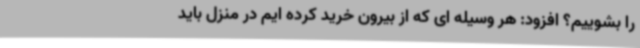
را بشوییم؟ افزود: هر وسیله ای که از بیرون خرید کرده ایم در منزل باید